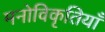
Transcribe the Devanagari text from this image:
मनोविकृतियाँ